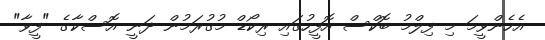
އެހެންވީމަ މި ފިލްމު ބޮކްސް އޮފީހުގައި ރިކޯޑް މުގުރަމުން ދަނީ އޮސްކާގެ "ފީވާ"